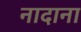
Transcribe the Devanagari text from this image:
नादाना